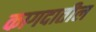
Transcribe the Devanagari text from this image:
कागदातील